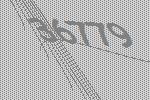
36779